Vaccine operations Central Provinces 1886-1899 - 1886-1899
Year: 1886
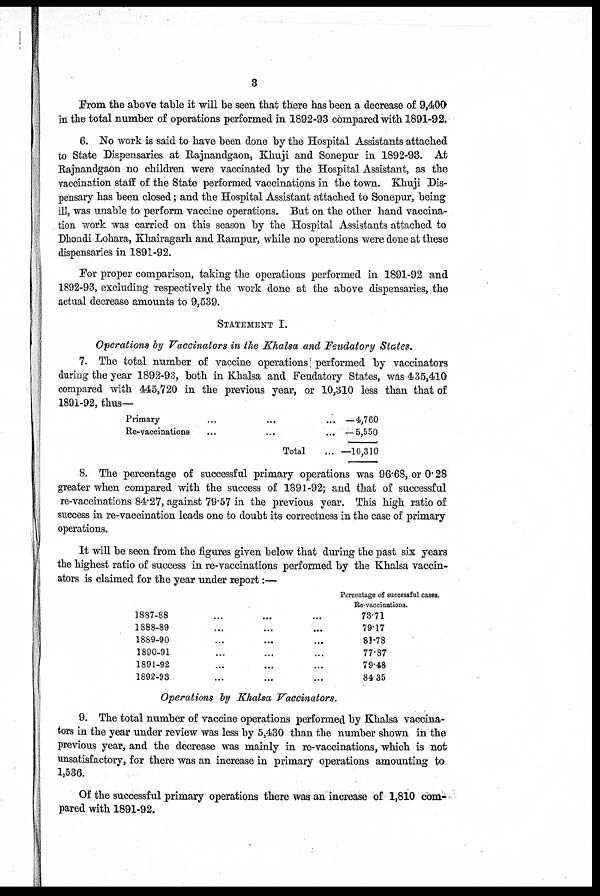
3
From the above table it will be seen that there has been a decrease of 9,400
in the total number of operations performed in 1892-93 compared with 1891-92.
6. No work is said to have been done by the Hospital Assistants attached
to State Dispensaries at Rajnandgaon, Khuji and Sonepur in 1892-93. At
Rajnandgaon no children were vaccinated by the Hospital Assistant, as the
vaccination staff of the State performed vaccinations in the town. Khuji Dis-
pensary has been closed; and the Hospital Assistant attached to Sonepur, being
ill, was unable to perform vaccine operations. But on the other hand vaccina-
tion work was carried on this season by the Hospital Assistants attached to
Dhondi Lohara, Khairagarh and Rampur, while no operations were done at these
dispensaries in 1891-92.
For proper comparison, taking the operations performed in 1891-92 and
1892-93, excluding respectively the work done at the above dispensaries, the
actual decrease amounts to 9,639.
STATEMENT I.
Operations by Vaccinators in the Khalsa and Feudatory States.
7. The total number of vaccine operations performed by vaccinators
during the year 1892-93, both in Khalsa and Feudatory States, was 435,410
compared with 445,720 in the previous year, or 10,310 less than that of
1891-92, thus—
Primary ...
Re-vaccinations ...
Total ...
—4,760
—5,550
—10,310
8. The percentage of successful primary operations was 96.68, or 0. 28
greater when compared with the success of 1891-92; and that of successful
re-vaccinations 84.27, against 79.57 in the previous year. This high ratio of
success in re-vaccination leads one to doubt its correctness in the case of primary
operations.
It will be seen from the figures given below that during the past six years
the highest ratio of success in re-vaccinations performed by the Khalsa vaccin-
ators is claimed for the year under report:—
1887-88 ...
1888-89 ...
1889-90 ...
1890-91 ...
1891-92 ...
1892-93 ...
Percentage of successful cases.
Re-vaccinations.
73.71
79.17
81.78
77.87
79.48
84.35
Operations by Khalsa Vaccinators.
9. The total number of vaccine operations performed by Khalsa vaccina-
tors in the year under review was less by 5,430 than the number shown in the
previous year, and the decrease was mainly in re-vaccinations, which is not
unsatisfactory, for there was an increase in primary operations amounting to
1,536.
Of the successful primary operations there was an increase of 1,810 com-
pared with 1891-92.